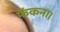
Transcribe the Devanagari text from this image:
फेंकना।